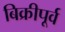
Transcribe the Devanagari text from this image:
बिक्रीपूर्व